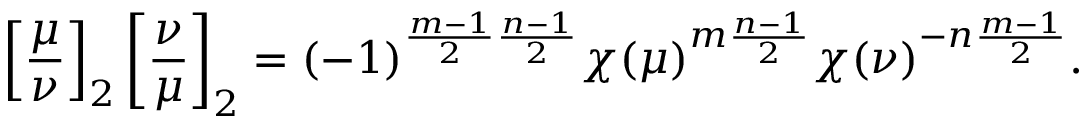
\left[ { \frac { \mu } { \nu } } \right] _ { 2 } \left[ { \frac { \nu } { \mu } } \right] _ { 2 } = ( - 1 ) ^ { { \frac { m - 1 } { 2 } } { \frac { n - 1 } { 2 } } } \chi ( \mu ) ^ { m { \frac { n - 1 } { 2 } } } \chi ( \nu ) ^ { - n { \frac { m - 1 } { 2 } } } .